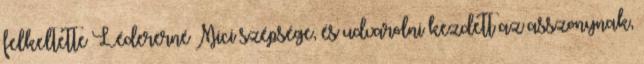
felkeltette Lédererné Mici szépsége, és udvarolni kezdett az asszonynak,